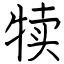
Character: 犊